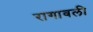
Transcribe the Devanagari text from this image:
रागावली